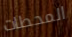
المحطات